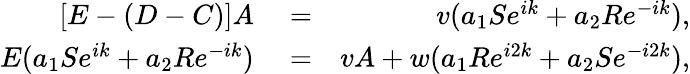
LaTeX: \begin{array}{rlr}{[E-(D-C)]A}&{{}=}&{v(a_{1}Se^{ik}+a_{2}Re^{-ik}),}\\ {E(a_{1}Se^{ik}+a_{2}Re^{-ik})}&{{}=}&{vA+w(a_{1}Re^{i2k}+a_{2}Se^{-i2k}),}\end{array}